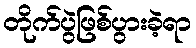
တိုက်ပွဲဖြစ်ပွားခဲ့ရာ